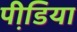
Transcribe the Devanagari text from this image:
पीडि़या